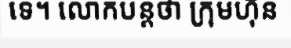
ទេ។ លោកបន្តថា ក្រុមហ៊ុន